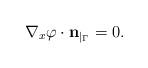
LaTeX: \begin{align*}\nabla_x \varphi \cdot {\bf n}_{|_{\Gamma}} = 0.\end{align*}